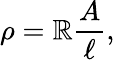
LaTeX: \rho=\mathbb{R}{\frac{{A}}{{\ell}}},\,